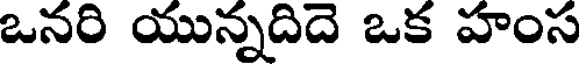
ఒనరి యున్నదిదె ఒక హంస